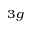
_ { 3 g }